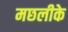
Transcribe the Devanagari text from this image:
मछलीके